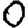
Digit: 0